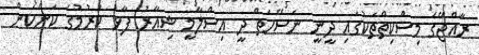
ރާއްޖޭގެ މިސްކިތްތަކުގައި ދީނީ ނަސޭހަތް ދީ އިސްލާމީ ޝިއާރު ފާޅު ކުރުމުގެ ކަންކަން